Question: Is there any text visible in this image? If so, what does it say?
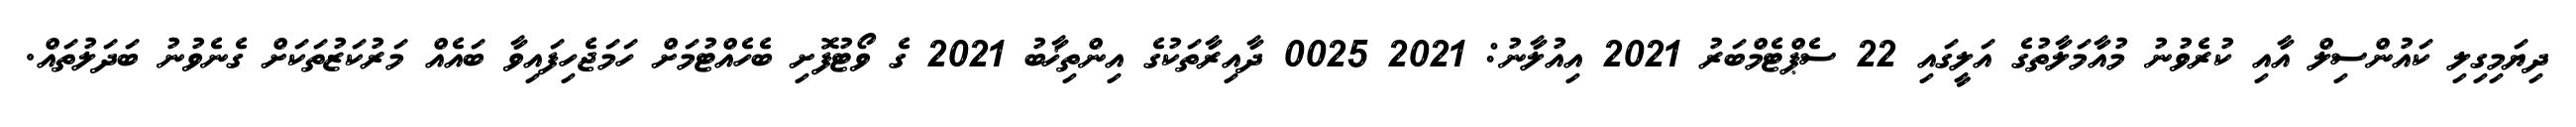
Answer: ދިޔަމިގިލި ކައުންސިލް އާއި ކުރެވުނު މުއާމަލާތުގެ އަލީގައި 22 ސެޕްޓެމްބަރު 2021 އިއުލާނު: 2021 0025 ދާއިރާތަކުގެ އިންތިޚާބު 2021 ގެ ވޯޓުފޮށި ބެހެއްޓުމަށް ހަމަޖެހިފައިވާ ބައެއް މަރުކަޒުތަކަށް ގެނެވުނު ބަދަލުތައް.